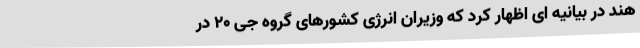
هند در بیانیه ای اظهار کرد که وزیران انرژی کشورهای گروه جی 20 در